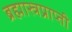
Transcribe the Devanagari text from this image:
ब्रह्मास्त्रप्राप्ती